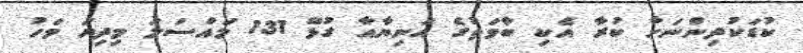
ކުޑަކުދިންނަށް ކުރާ އެކި ބާވަތުގެ އަނިޔާއާ ގުޅޭ 131 މައްސަލަ މިދިޔަ މަހު